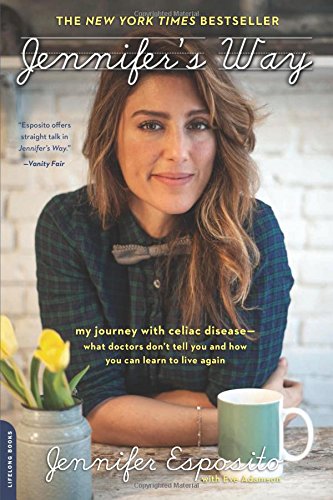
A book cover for Jennifer's Way: My Journey with Celiac Disease--What Doctors Don't Tell You and How You Can Learn to Live Again; Jennifer Esposito; Health, Fitness & Dieting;